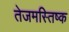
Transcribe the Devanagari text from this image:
तेजमस्तिष्क